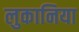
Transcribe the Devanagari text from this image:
लुकानिया